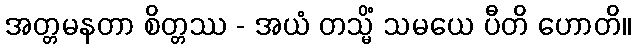
အတ္တမနတာ စိတ္တဿ - အယံ တသ္မိံ သမယေ ပီတိ ဟောတိ။